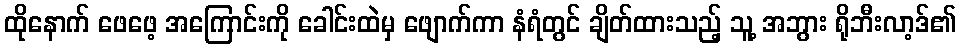
ထိုနောက် ဖေဖေ့ အကြောင်းကို ခေါင်းထဲမှ ဖျောက်ကာ နံရံတွင် ချိတ်ထားသည့် သူ့ အဘွား ရိုဘီးလာ့ဒ်၏